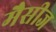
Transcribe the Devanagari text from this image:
मैसीज